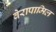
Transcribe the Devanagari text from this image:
वेरापामिल